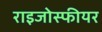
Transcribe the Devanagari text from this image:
राइजोस्फीयर